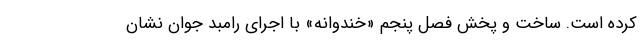
کرده است. ساخت و پخش فصل پنجم «خندوانه» با اجرای رامبد جوان نشان